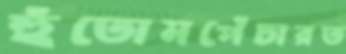
হুঁতোমপেঁচারত